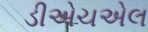
ડીએચએલ